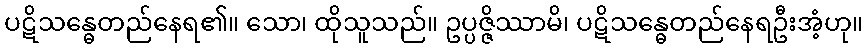
ပဋိသန္ဓေတည်နေရ၏။ သော၊ ထိုသူသည်။ ဥပ္ပဇ္ဇိဿာမိ၊ ပဋိသန္ဓေတည်နေရဦးအံ့ဟု။